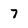
Character: 7